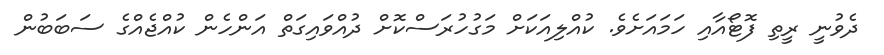
ދެވުނީ ރީތި ފޮޓޯއާއި ހަމައަށެވެ. ކުއްލިއަކަށް މަގުހުރަސްކޮށް ދުއްވައިގަތް އަންހެން ކުއްޖެއްގެ ސަބަބުން